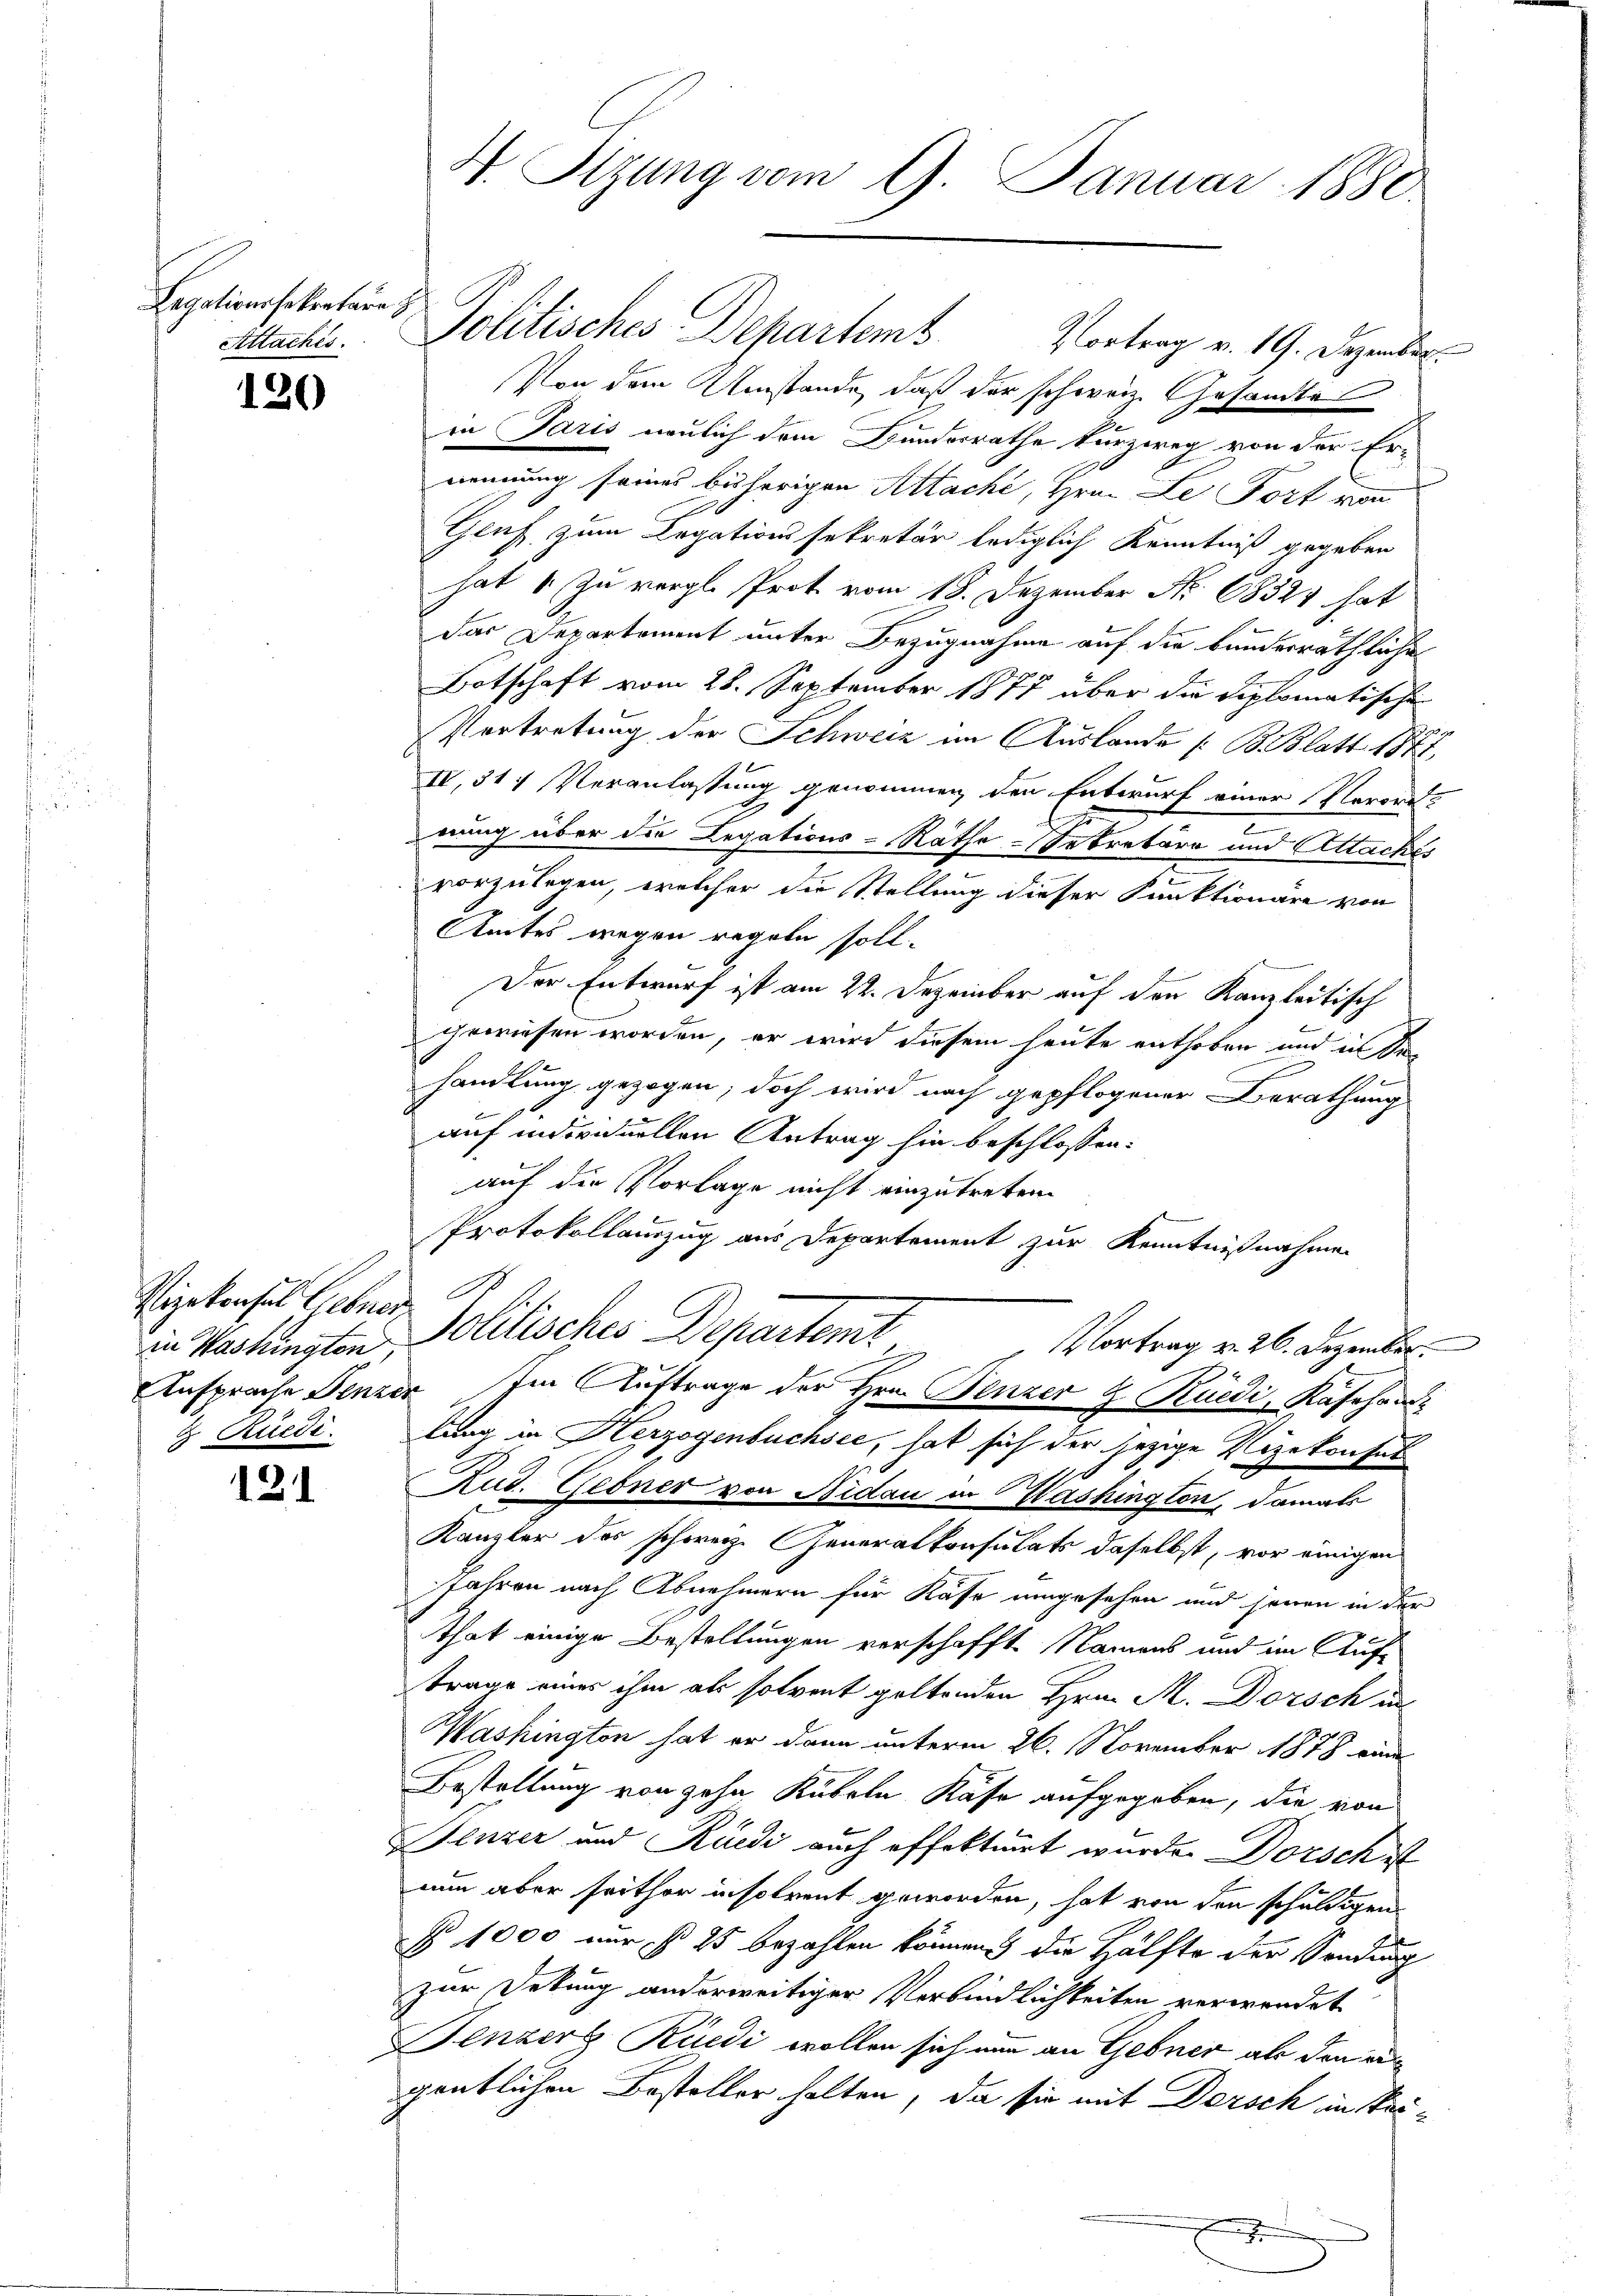
Legationssekretäre 3
Attachés.

120

Vizekonsul Siebner
in Washingten,

121

4. Sitzung vom 9. Januar 1880

Politisches Departemb. Vertrag v. 19. Dezember
Von dem Umstände, daß der schweiz. Gesandte
in Paris neulich dem Bundesrathe kurzweg von der Er-
nennung seines bisherigen Attache, Hrn. Le Fort von
Geuf zum Legationssekretär lediglich Kenntniß gegeben
hat 1 zu vergl. Prot vom 18. Dezember No. 1832 hat
das Departement unter Bezugnahme auf die bunderräthliche
Botschaft vom 28. September 1877 über die Diplomatische
Vertretung der Schweiz im Auslande (: B. Blatt 1872,
IV,317 Veranlassung genommen, den Entwurf einer Verord-
rung über die Legations-Räthe Sekretäre und Attachés
vorzulegen, welcher die Stellung dieser Funktionäre von
Amtes wegen regeln soll.
Der Entwurf ist am 22. Dezember auf den Kanzleitisch
gewiesen worden, er wird diesem heute enthoben und in de
handlung gezogen; doch wird nach gepflogener Berathung
auf individuellen Antrag hin beschlossen:
auf die Vorlage nicht einzutreten
Protokollauszug aus Departement zur Kenntnißnahme
olitisches Departemt,
Vortrag v. 26. Dezember.
Ansprache Fenzer Im Auftrage der Hrn. Benzer & Rüedi, Kasehand
s
& Rüedi. Lang in Herzogenbuchsee, hat sich der jezige Vizekonfes
6
Rud. Gebner von Aidau in Washington, damals
Kanzler des schweiz. Generalkonsulats daselbst, vor einigen
JJahren nach Abnehmern für Kase umgesehen und jenen in der
that einige Bestellungen verschafft. Namens und im Auf-
trage eines ihm als solvent geltenden Hrn. M. Dorsch in
Mashington hat er dann unterm 26. November 1878 eine
Bestellung von zehn Kübeln Kasse aufgegeben, die von
Fenzer und Rüedi auch offektirt wurde. Dorsch ist
nun aber seithor insolrent geworden, hat von den schuldigen
§ 1000 nur s 25 bezahlen können die Hälfte der Sendung
zur Sekung anderweitiger Verbindlichkeiten verwendet
Senzer Rüedi wollen sich nun an Gebner als den a
gentlichen Besteller halten, da sie mit Dersch in Stei¬
.